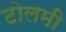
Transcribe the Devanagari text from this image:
टोलमी